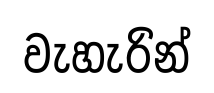
වැහැරින්